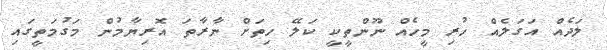
ލަދެއް އަގަލެއް ހުރި މީހެއް ނޫންތީކީ ކަލޭ ހިތަށް ނާރާތަ އޮރިޔާމުން މަގުމަތީގައި